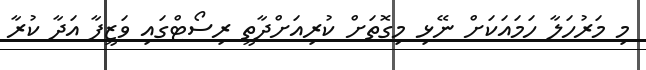
މި މަރުހަލާ ހަމައަކަށް ނޭޅި މިގޮތަށް ކުރިއަށްދާތީ ރިސޯޓްގައި ވަޒީފާ އަދާ ކުރާ